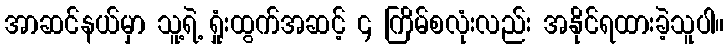
အာဆင်နယ်မှာ သူ့ရဲ့ ရှုံးထွက်အဆင့် ၄ ကြိမ်စလုံးလည်း အနိုင်ရထားခဲ့သူပါ။